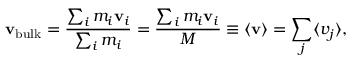
{ \bf v _ { \mathrm { b u l k } } } = \frac { \sum _ { i } m _ { i } { \bf v } _ { i } } { \sum _ { i } m _ { i } } = \frac { \sum _ { i } m _ { i } { \bf v } _ { i } } { M } \equiv \langle { \bf v } \rangle = \sum _ { j } \langle v _ { j } \rangle ,